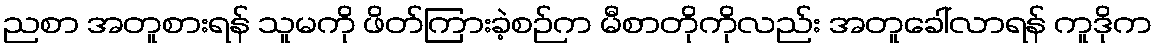
ညစာ အတူစားရန် သူမကို ဖိတ်ကြားခဲ့စဉ်က မီစာတိုကိုလည်း အတူခေါ်လာရန် ကူဒိုက